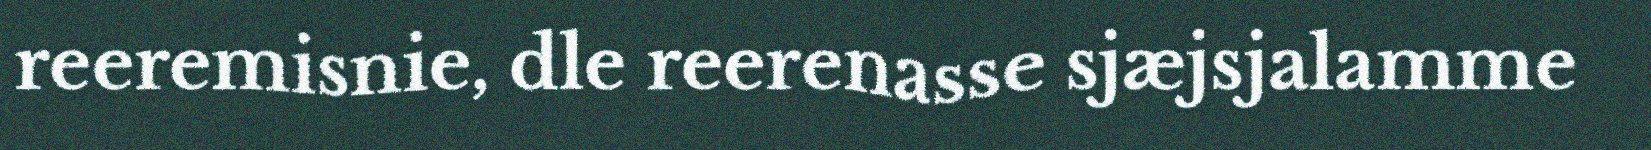
reeremisnie, dle reerenasse sjæjsjalamme